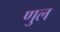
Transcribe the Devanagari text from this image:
णुल